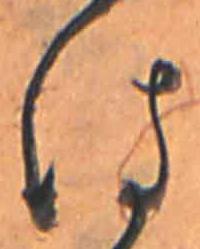
は